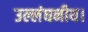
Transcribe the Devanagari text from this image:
उल्लंघनीय।